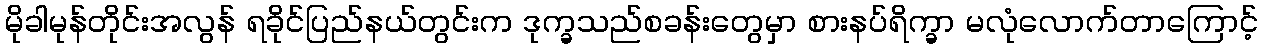
မိုခါမုန်တိုင်းအလွန် ရခိုင်ပြည်နယ်တွင်းက ဒုက္ခသည်စခန်းတွေမှာ စားနပ်ရိက္ခာ မလုံလောက်တာကြောင့်